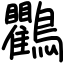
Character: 鸜